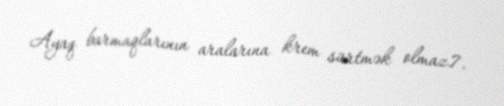
Ayaq barmaqlarının aralarına krem sürtmək olmaz.7.